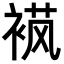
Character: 𬡟